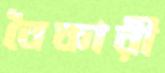
বৈকারী